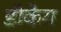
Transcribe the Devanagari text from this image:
डीकेय